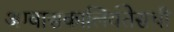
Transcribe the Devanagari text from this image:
अग्वासकालियंतेसची